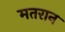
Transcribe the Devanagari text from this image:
मतरान